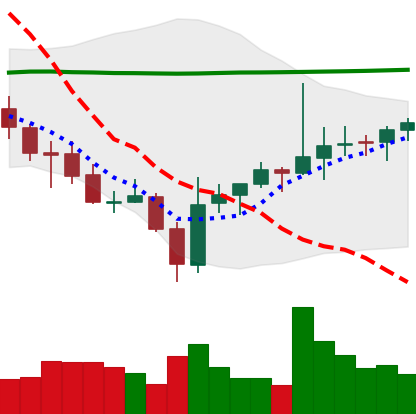
Ticker: ADA-USD
Chart end date: 2021-07-31
Forward return: 4.825%
Label: up_3_5